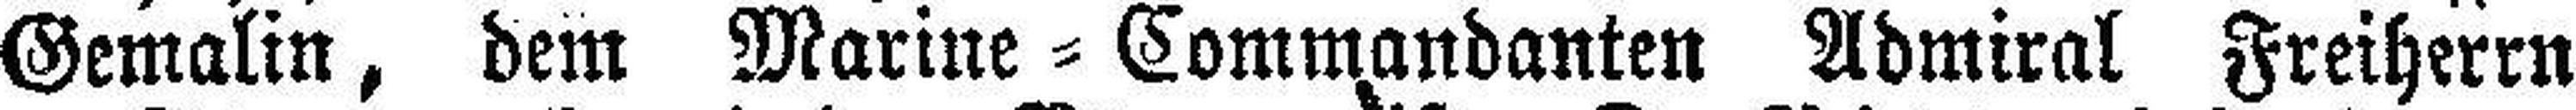
Gemalin, dem Marine=Commandanten Admiral Freiherrn